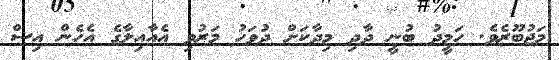
މަޖުބޫރެވެ. ހަމީދު ބުނީ ދާދި މިދާކަށް ދުވަހު މަރުވި އެއާއިލާގެ އެހެން އިސް